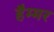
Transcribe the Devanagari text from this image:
हैम्मर